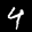
Label: 4